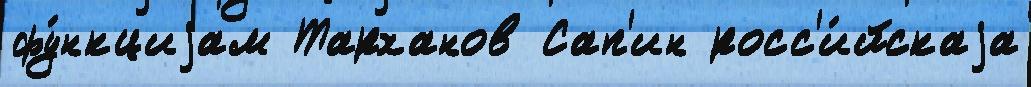
фу́нкциjам Тарханов Сап'ин росс'и́йскаjа